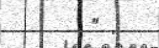
" .